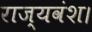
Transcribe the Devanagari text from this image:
राज्यवंश।